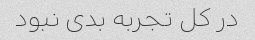
در کل تجربه بدی نبود